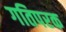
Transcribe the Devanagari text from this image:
गतिपरक